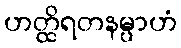
ဟတ္ထိရတနမ္ပာဟံ